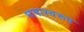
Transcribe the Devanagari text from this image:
भाषास्वरूप